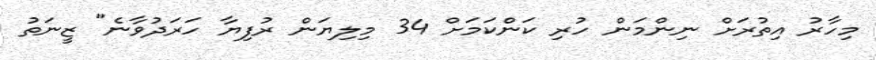
މިހާރު އިތުރަށް ނިންމަން ހުރި ކަންކަމަށް 34 މިލިޔަން ރުފިޔާ ހަރަދުވާނެ" ޒީނަތު